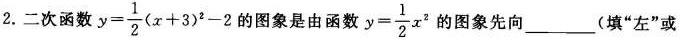
2.二次函数 $$y = \frac { 1 } { 2 } ( x + 3 ) ^ { 2 } - 2$$的图象是由函数$$y = \frac { 1 } {2 } x ^ { 2 }$$的图象先向___(填”左”或”